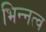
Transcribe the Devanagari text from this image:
भिन्‍नत्व